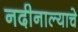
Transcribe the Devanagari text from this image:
नदीनाल्याचे